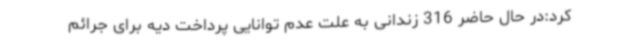
کرد:در حال حاضر 316 زندانی به علت عدم توانایی پرداخت دیه برای جرائم